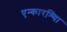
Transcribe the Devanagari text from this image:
एन्कारश्यिा